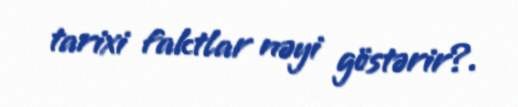
tarixi faktlar nəyi göstərir?.